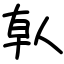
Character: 倝